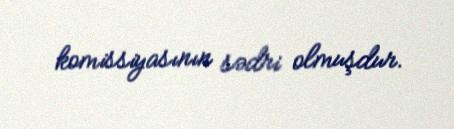
komissiyasının sədri olmuşdur.